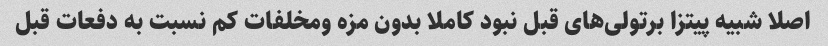
اصلا شبیه پیتزا برتولی‌های قبل نبود کاملا بدون مزه ومخلفات کم نسبت به دفعات قبل